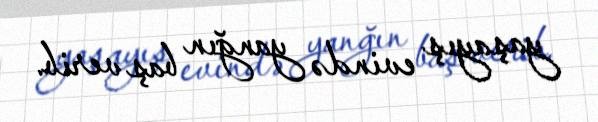
yaşayış evində yanğın baş verib.